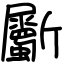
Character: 斸